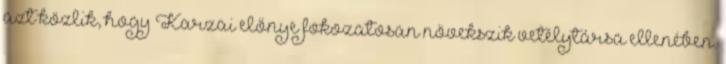
azt közlik, hogy Karzai előnye fokozatosan növekszik vetélytársa ellenében.